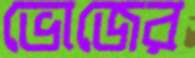
ভোজের